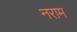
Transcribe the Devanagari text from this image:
नराम